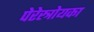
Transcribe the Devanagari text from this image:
पेरेस्त्रोयका